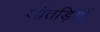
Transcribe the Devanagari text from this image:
आँतड़ियों